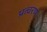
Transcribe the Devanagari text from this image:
प्रत्वरण